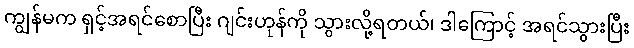
ကျွန်မက ရှင့်အရင်စောပြီး ဂျင်းဟုန်ကို သွားလို့ရတယ်၊ ဒါကြောင့် အရင်သွားပြီး